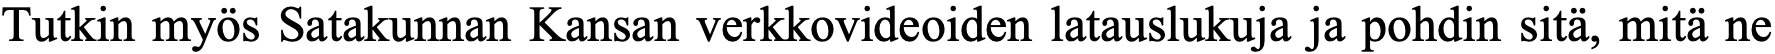
Tutkin myös Satakunnan Kansan verkkovideoiden latauslukuja ja pohdin sitä, mitä ne